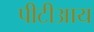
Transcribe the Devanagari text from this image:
पीटीआय